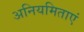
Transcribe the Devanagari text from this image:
अनियमिताएं